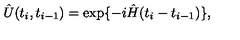
\hat { U } ( t _ { i } , t _ { i - 1 } ) = \exp \{ - i \hat { H } ( t _ { i } - t _ { i - 1 } ) \} ,